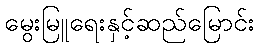
မွေးမြူရေးနှင့်ဆည်မြောင်း